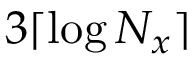
3 \lceil \log N _ { x } \rceil